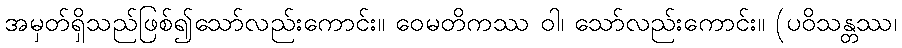
အမှတ်ရှိသည်ဖြစ်၍သော်လည်းကောင်း။ ဝေမတိကဿ ဝါ၊ သော်လည်းကောင်း။ (ပဝိသန္တဿ၊